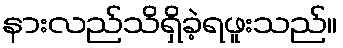
နားလည်သိရှိခဲ့ရဖူးသည်။